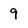
Character: 9